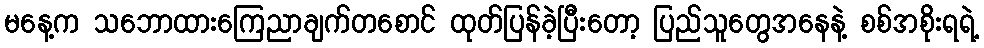
မနေ့က သဘောထားကြေညာချက်တစောင် ထုတ်ပြန်ခဲ့ပြီးတော့ ပြည်သူတွေအနေနဲ့ စစ်အစိုးရရဲ့